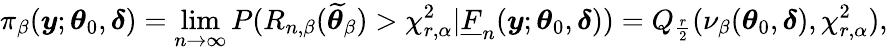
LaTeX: \pi_{\beta}(\boldsymbol{y};\boldsymbol{\theta}_{0},\boldsymbol{\delta})=\operatorname*{lim}_{n\rightarrow\infty}P(R_{n,\beta}(\widetilde{\boldsymbol{\theta}}_{\beta})>\chi_{r,\alpha}^{2}|\underline{{F}}_{n}(\boldsymbol{y};\boldsymbol{\theta}_{0},\boldsymbol{\delta}))=Q_{\frac{r}{2}}(\nu_{\beta}(\boldsymbol{\theta}_{0},\boldsymbol{\delta}),\chi_{r,\alpha}^{2}),